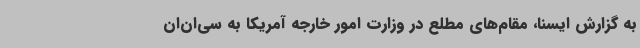
به گزارش ایسنا، مقام‌های مطلع در وزارت امور خارجه آمریکا به سی‌ان‌ان